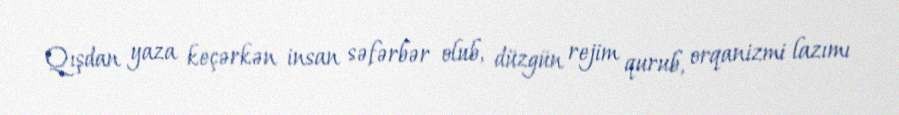
Qışdan yaza keçərkən insan səfərbər olub, düzgün rejim qurub, orqanizmi lazımı